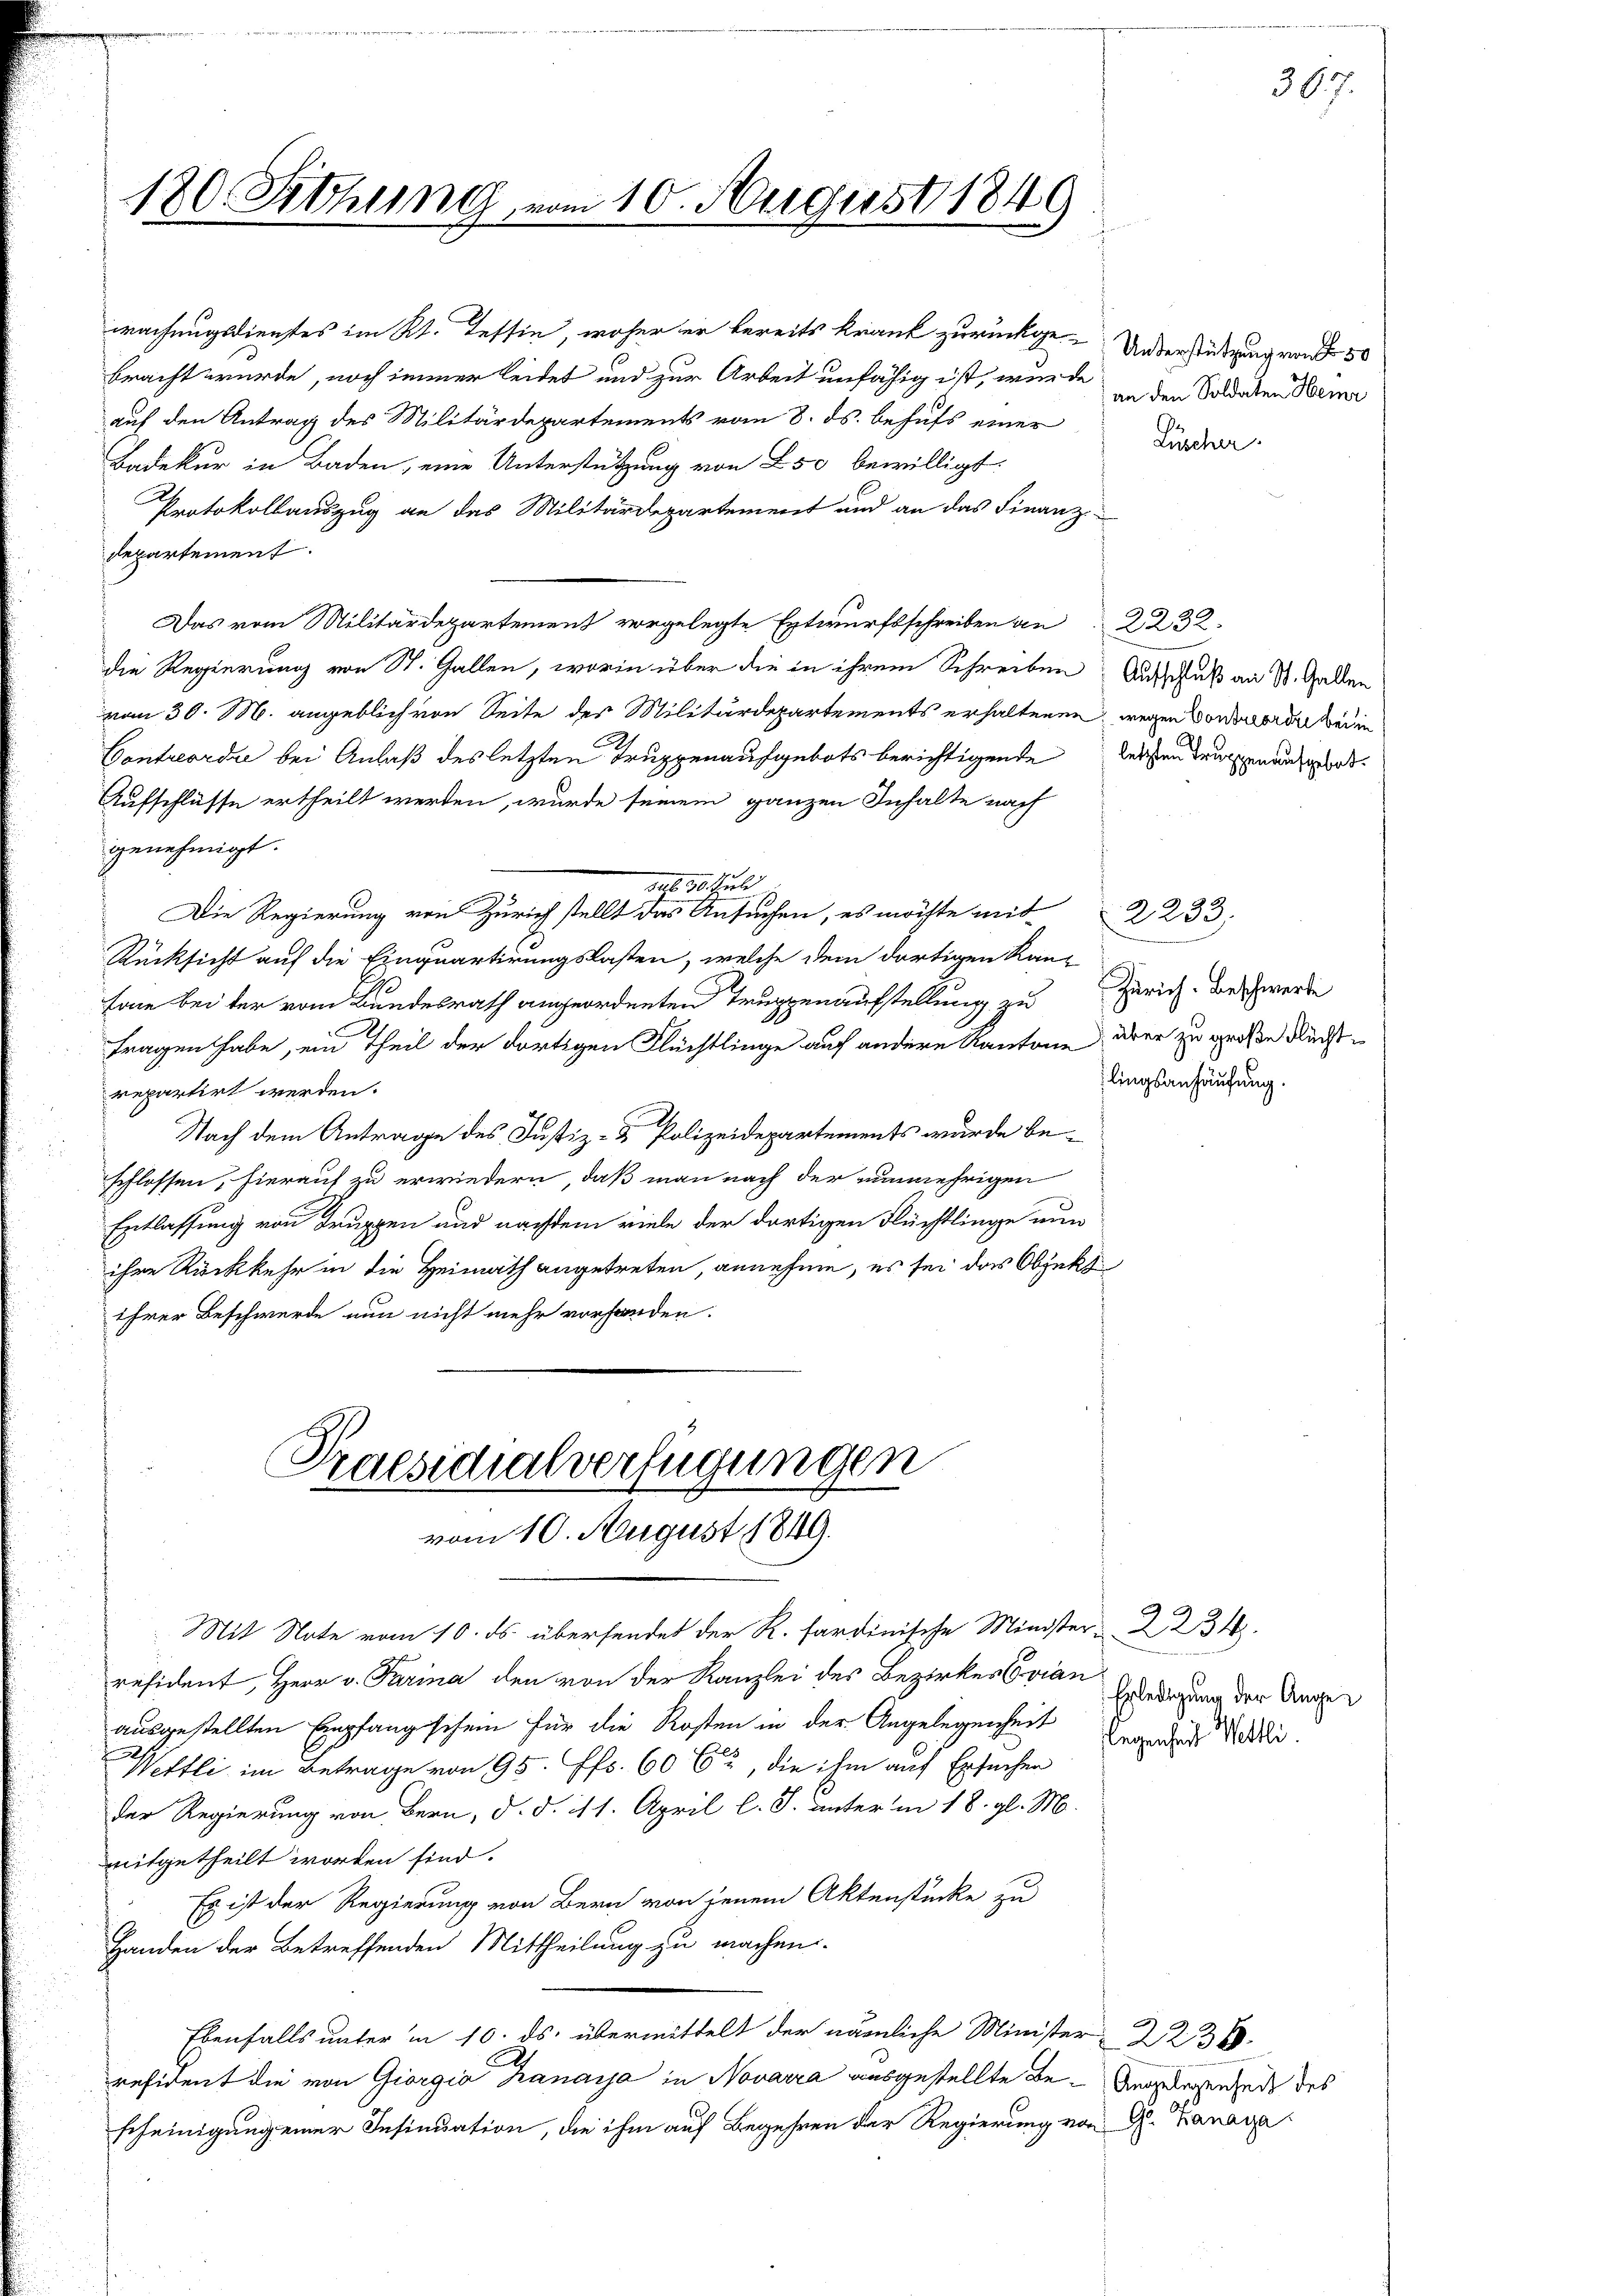
180. Sittlung vom 10. August 1849
h

wachungsdienstes im Kt. Tessin, woher er bereits krank zurückge-Unterstützung von 50
bracht wurde, noch immer leidet und zur Arbeit unfähig ist, wurde in den Soldaten Bemer
auf den Antrag des Militärdepartements vom 8. ds. behufs einer
Badekur in Baden, eine Unterstützung von 250 bewilligt:
Protokollauszug an das Militärdepartement und an das Finanz-
departement.
Das vom Militärdepartement vorgelegte Entwurfsschreiben an 2232.
die Regierung von St. Gallen, worin über die in ihrem Schreiben Ausschuß an St. Gallen
vom 30. M. angeblich von Seite des Militärdepartements erhaltenen, wegen Vorworden bei in
Contreordie bei Anlaß des letzten Truppenaufgebots berichtigende Versten deutenansport
Aufschlüsse ertheilt werden, wurde seinem ganzen Inhalte nach
genehmigt.
Sept. 30. Juli
Die Regierung von Zürich stellt das Ansuchen, es möchte mit
Rücksicht auf die Einquartirungslasten, welche dem dortigen Kan-
sone bei der vom Bundesrath angeordneten Truppenaufstellung zu
tragen habe, ein Theil der dortigen Flüchtlinge auf andere Kantone aber zu große Flucht
repartirt werden.
Nach dem Antrage des Justiz- & Polizeidepartements wurde beschlossen, hierauf zu erwiedern, daß man nach der nunmehrigen
Entlassung von Truppen und nachdem viele der dortigen Flüchtlinge nun
ihre Rückkehr in die Heimath angetreten, annehme, es sei das Objekt
ihrer Beschwerde nun nicht mehr vorhanden.
Praesidialverfügungen
vom 10. August 1849.
Mit Note vom 10. ds. übersendet der R. sardinische Minister 2234
resident, Herr v. Parina den von der Kanzlei des Bezirkes vian
ausgestellten Empfang schein für die Kosten in der Angelegenheit der der di
Wettli im Betrage von 95 ff. 60 62, die ihm auf Ersuchen
der Regierung von Bern, d. d. 111. April l. J. unter in 18. gl. M.
mitgetheilt worden sind.
Es ist der Regierung von Bern von jenem Aktenstücke zu
Handen der Betreffenden Mittheilung zu machen.
Ebenfalls unter in 10. ds. übermittelt der nämliche Minister 2236.
resident die von Giorgia Kanaya in Novarra ausgestellte Be- Angelegenheit des
scheinigung einer Insinuation, die ihm auf Begehren der Regierung von H. Banana

Lüscher.

2233.
Zürich. Beschwerde
lingsanhäufung.

Erledigung der Ange¬

307.